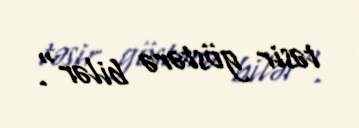
təsir göstərə bilər".